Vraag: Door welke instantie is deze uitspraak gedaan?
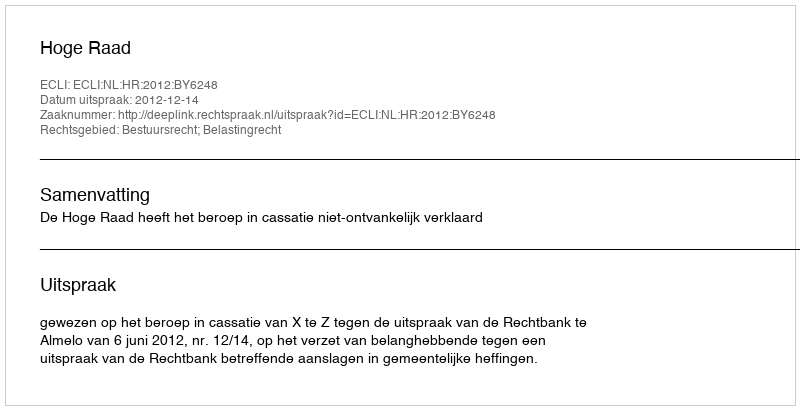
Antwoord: Hoge Raad